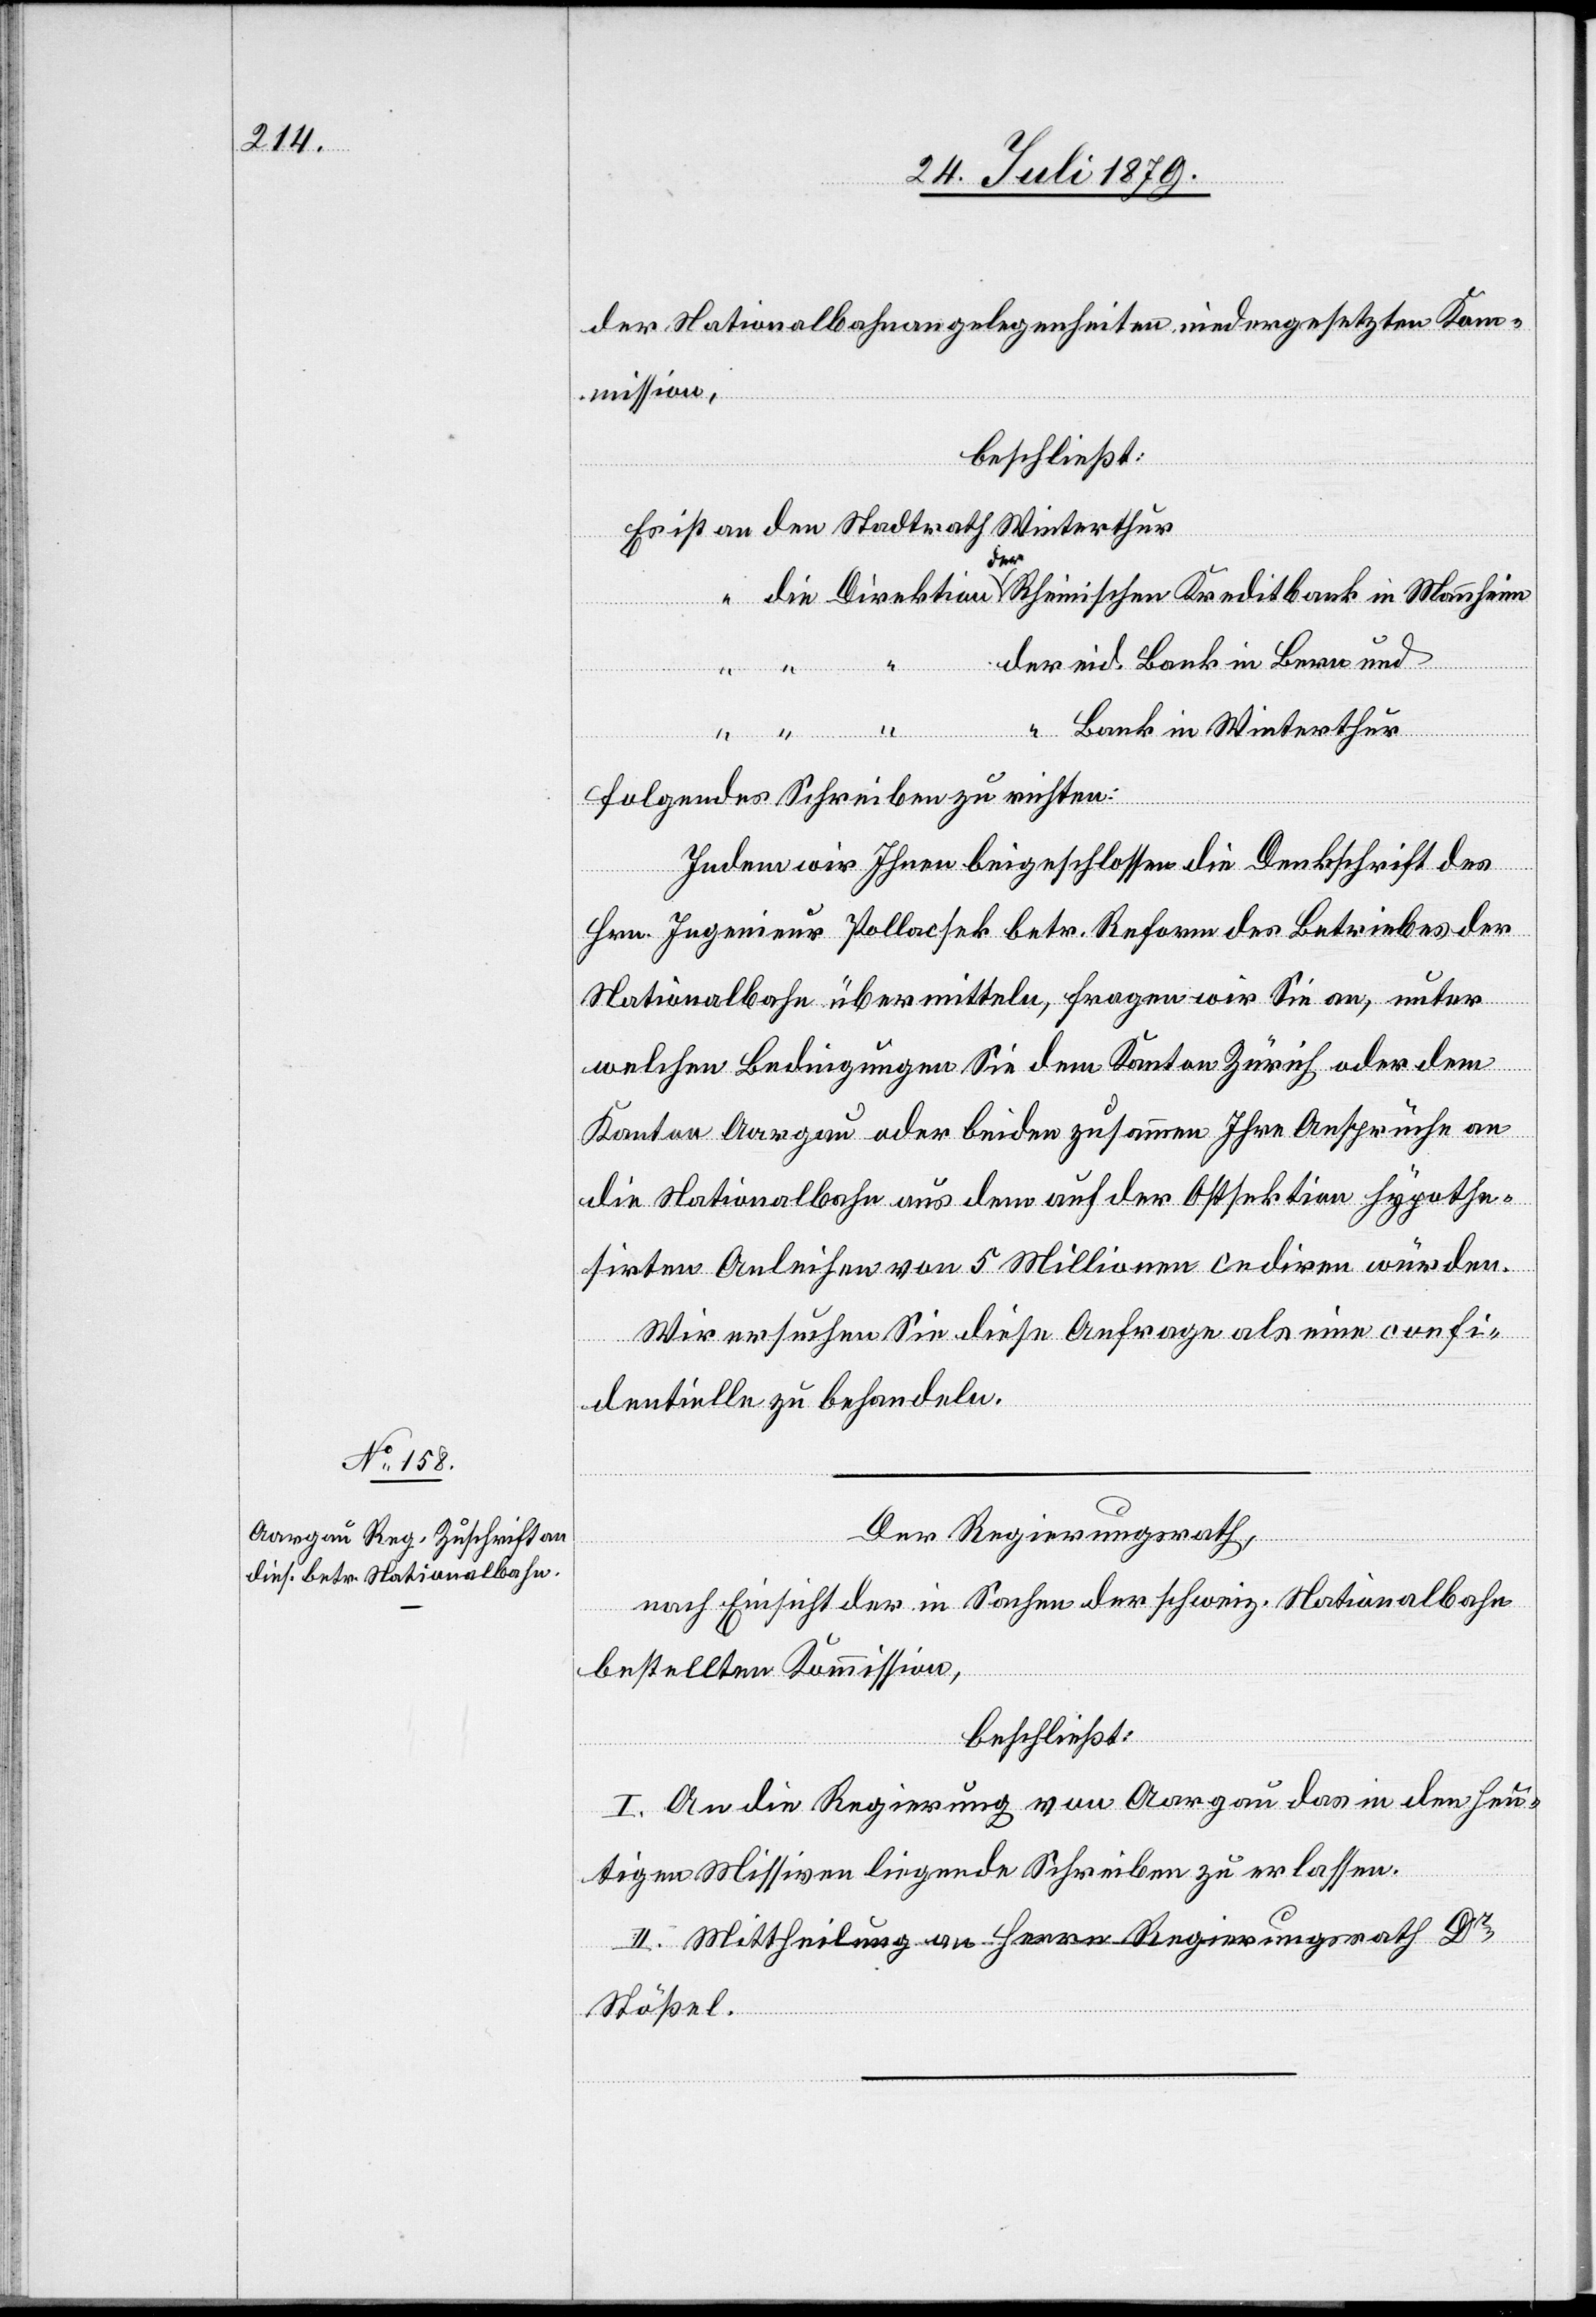
der Nationalbahnangelegenheiten niedergesetzten Kom¬
mission,
beschließt:
Es ist an den Stadtrath Winterthur
“ die Direktion der Rheinischen Kreditbank in Mannheim
der eid. Bank in Bern und
“ “ “ “ Bank in Winterthur
folgendes Schreiben zu richten:
Indem wir Ihnen beigeschlossen die Deckschrift des
Hrn. Ingenieur Pollacsek betr. Reform des Betriebes der
Nationalbahn übermitteln, fragen wir Sie an, unter
welchen Bedingungen Sie dem Kanton Zürich oder dem
Kanton Aargau oder beiden zusammen Ihre Ansprüche an
die Nationalbahn aus dem auf der Ostsektion hypothe¬
sirten Anleihen von 5 Millionen cediren würden.
Wir ersuchen Sie diese Anfrage als eine confi¬
dentielle zu behandeln.
Der Regierungsrath,
nach Einsicht der in Sachen der schweiz. Nationalbahn
bestellten Kommission,
beschließt:
I. An die Regierung von Aargau das in den heu¬
tigen Missiven liegende Schreiben zu erlassen.
II. Mittheilung an Herrn Regierungsrath Dr
Stößel.